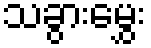
သခွားမွှေး